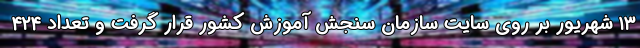
۱۳ شهریور بر روی سایت سازمان سنجش آموزش کشور قرار گرفت و تعداد ۴۲۴